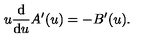
u \frac { \mathrm { d } } { \mathrm { d } u } A ^ { \prime } ( u ) = - B ^ { \prime } ( u ) .